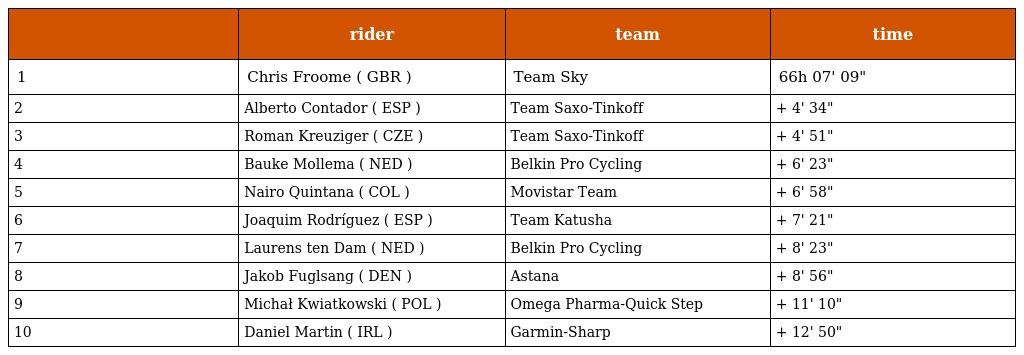
|  | rider | team | time |
 | --- | --- | --- | --- |
 | 1 | Chris Froome ( GBR ) | Team Sky | 66h 07' 09" |
 | 2 | Alberto Contador ( ESP ) | Team Saxo-Tinkoff | + 4' 34" |
 | 3 | Roman Kreuziger ( CZE ) | Team Saxo-Tinkoff | + 4' 51" |
 | 4 | Bauke Mollema ( NED ) | Belkin Pro Cycling | + 6' 23" |
 | 5 | Nairo Quintana ( COL ) | Movistar Team | + 6' 58" |
 | 6 | Joaquim Rodríguez ( ESP ) | Team Katusha | + 7' 21" |
 | 7 | Laurens ten Dam ( NED ) | Belkin Pro Cycling | + 8' 23" |
 | 8 | Jakob Fuglsang ( DEN ) | Astana | + 8' 56" |
 | 9 | Michał Kwiatkowski ( POL ) | Omega Pharma-Quick Step | + 11' 10" |
 | 10 | Daniel Martin ( IRL ) | Garmin-Sharp | + 12' 50" |